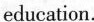
education.